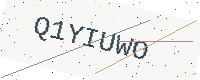
Text: Q1YIUWO